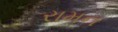
રામન